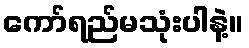
ကော်ရည်မသုံးပါနဲ့။